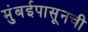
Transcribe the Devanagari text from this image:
मुंबईपासूनची